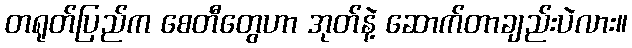
တရုတ်ပြည်က စေတီတွေဟာ အုတ်နဲ့ ဆောက်တာချည်းပဲလား။